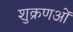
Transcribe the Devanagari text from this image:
शुक्रणओं